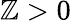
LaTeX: \mathbb{Z}>0